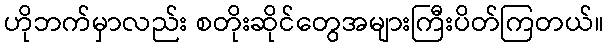
ဟိုဘက်မှာလည်း စတိုးဆိုင်တွေအများကြီးပိတ်ကြတယ်။